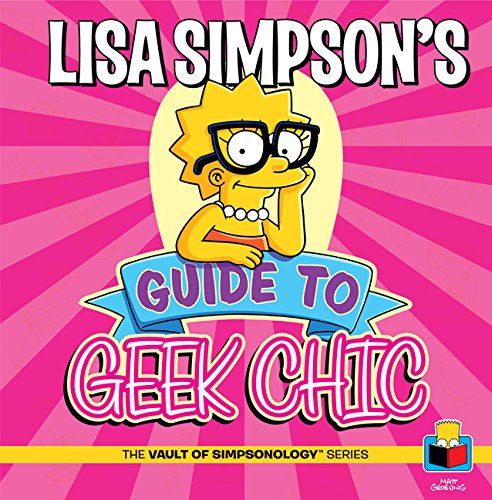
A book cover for Lisa Simpson's Guide to Geek Chic (The Vault of Simpsonology); Matt Groening; Humor & Entertainment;